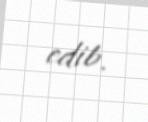
edib.